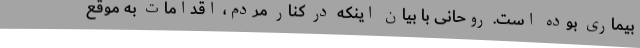
بیماری بوده است. روحانی با بیان اینکه در کنار مردم، اقدامات به موقع